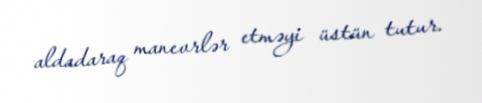
aldadaraq manevrlər etməyi üstün tutur.